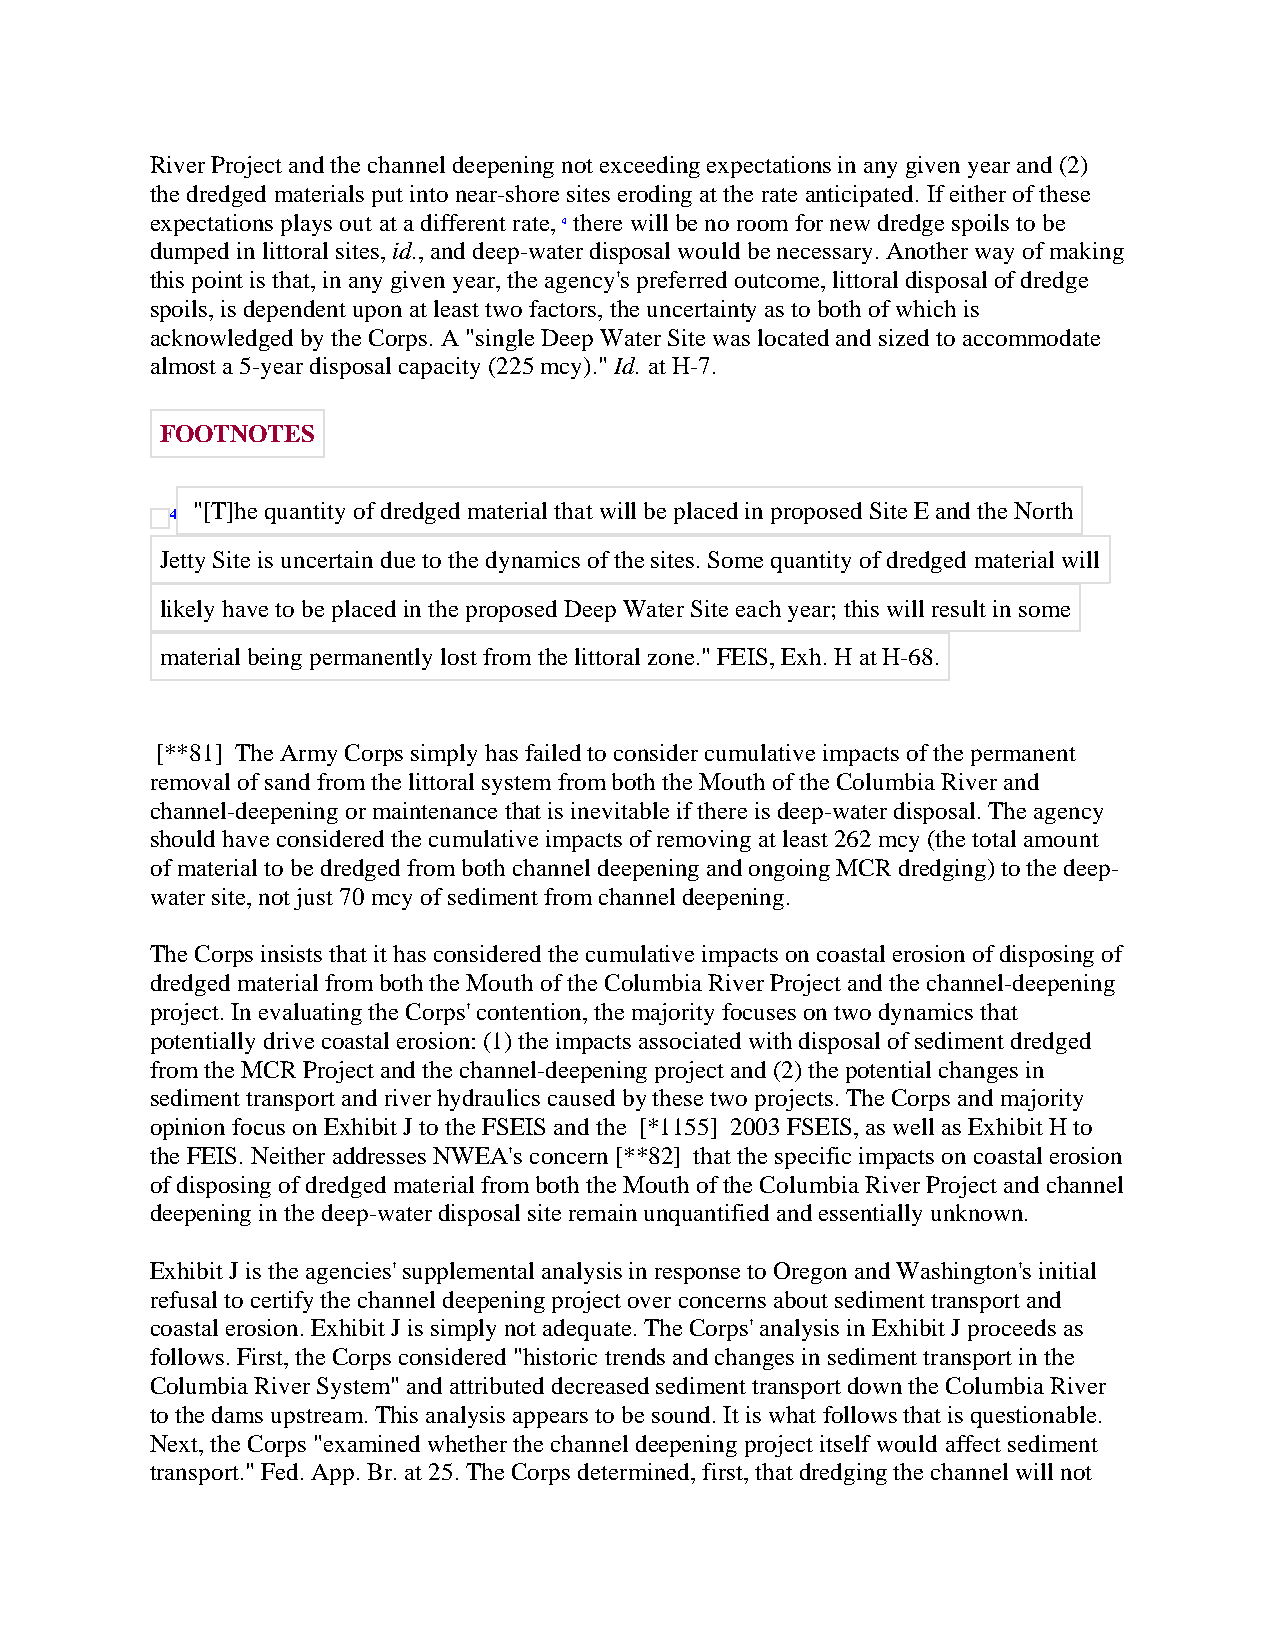
River Project and the channel deepening not exceeding expectations in any given year and (2)
 the dredged materials put into near-shore sites eroding at the rate anticipated. If either of these
 expectations plays out at a different rate, 4 there will be no room for new dredge spoils to be
 dumped in littoral sites, id., and deep-water disposal would be necessary. Another way of making
 this point is that, in any given year, the agency's preferred outcome, littoral disposal of dredge
 spoils, is dependent upon at least two factors, the uncertainty as to both of which is
 acknowledged by the Corps. A "single Deep Water Site was located and sized to accommodate
 almost a 5-year disposal capacity (225 mcy)." Id. at H-7.
 FOOTNOTES
 "[T]he quantity of dredged material that will be placed in proposed Site E and the North
 4
 Jetty Site is uncertain due to the dynamics of the sites. Some quantity of dredged material will
 likely have to be placed in the proposed Deep Water Site each year; this will result in some
 material being permanently lost from the littoral zone." FEIS, Exh. H at H-68.
 [**81] The Army Corps simply has failed to consider cumulative impacts of the permanent
 removal of sand from the littoral system from both the Mouth of the Columbia River and
 channel-deepening or maintenance that is inevitable if there is deep-water disposal. The agency
 should have considered the cumulative impacts of removing at least 262 mcy (the total amount
 of material to be dredged from both channel deepening and ongoing MCR dredging) to the deep-
 water site, not just 70 mcy of sediment from channel deepening.
 The Corps insists that it has considered the cumulative impacts on coastal erosion of disposing of
 dredged material from both the Mouth of the Columbia River Project and the channel-deepening
 project. In evaluating the Corps' contention, the majority focuses on two dynamics that
 potentially drive coastal erosion: (1) the impacts associated with disposal of sediment dredged
 from the MCR Project and the channel-deepening project and (2) the potential changes in
 sediment transport and river hydraulics caused by these two projects. The Corps and majority
 opinion focus on Exhibit J to the FSEIS and the [*1155] 2003 FSEIS, as well as Exhibit H to
 the FEIS. Neither addresses NWEA's concern [**82] that the specific impacts on coastal erosion
 of disposing of dredged material from both the Mouth of the Columbia River Project and channel
 deepening in the deep-water disposal site remain unquantified and essentially unknown.
 Exhibit J is the agencies' supplemental analysis in response to Oregon and Washington's initial
 refusal to certify the channel deepening project over concerns about sediment transport and
 coastal erosion. Exhibit J is simply not adequate. The Corps' analysis in Exhibit J proceeds as
 follows. First, the Corps considered "historic trends and changes in sediment transport in the
 Columbia River System" and attributed decreased sediment transport down the Columbia River
 to the dams upstream. This analysis appears to be sound. It is what follows that is questionable.
 Next, the Corps "examined whether the channel deepening project itself would affect sediment
 transport." Fed. App. Br. at 25. The Corps determined, first, that dredging the channel will not